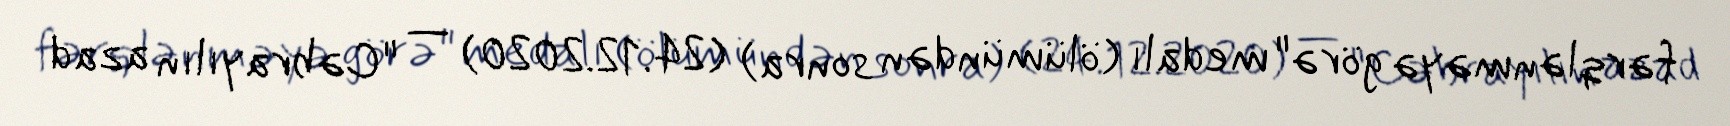
fərqlənməyə görə" medalı (ölümündən sonra) (24.12.2020) — "Cəbrayılın azad